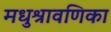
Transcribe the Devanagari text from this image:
मधुश्रावणिका